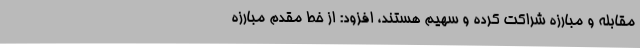
مقابله و مبارزه شراکت کرده و سهیم هستند، افزود: از خط مقدم مبارزه